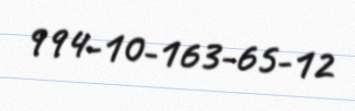
994-10-163-65-12